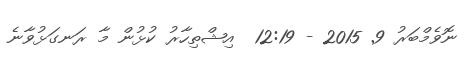
ނޮވެމްބަރު 9